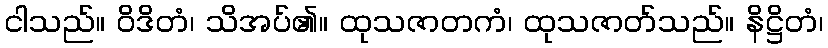
ငါသည်။ ဝိဒိတံ၊ သိအပ်၏။ ထုသဇာတကံ၊ ထုသဇာတ်သည်။ နိဋ္ဌိတံ၊